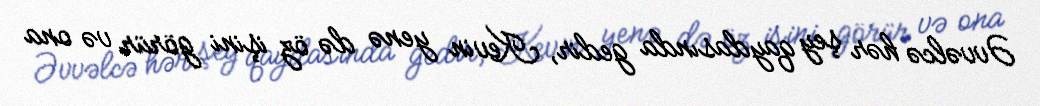
Əvvəlcə hər şey qaydasında gedir, Kevin yenə də öz işini görür və ona